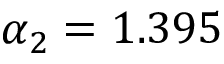
\alpha _ { 2 } = 1 . 3 9 5